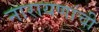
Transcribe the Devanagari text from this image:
नारायणांची